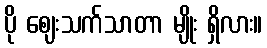
ပို ဈေးသက်သာတာ မျိုး ရှိလား။